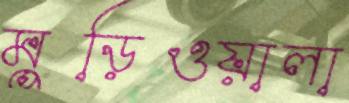
মুড়িওয়ালা